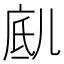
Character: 𱏥